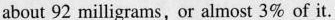
about 92 milligrams, or almost 3% of it.